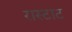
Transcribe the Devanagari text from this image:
रास्टाट